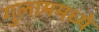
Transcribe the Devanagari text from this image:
गुलाममध्ये